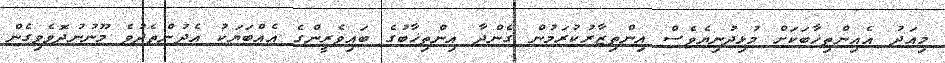
މިއަދު އެއިންތިޚާބަކަށް މުޅިދުނިޔެވެސް އިންތިޒާރުކުރަމުން ގެންދާ އިންތިޚާބުގެ ބައިވެރީންގެ އެއްބަޔަކު އެދުންތެދުވެ މޫނުނުދޮވެވިގެން